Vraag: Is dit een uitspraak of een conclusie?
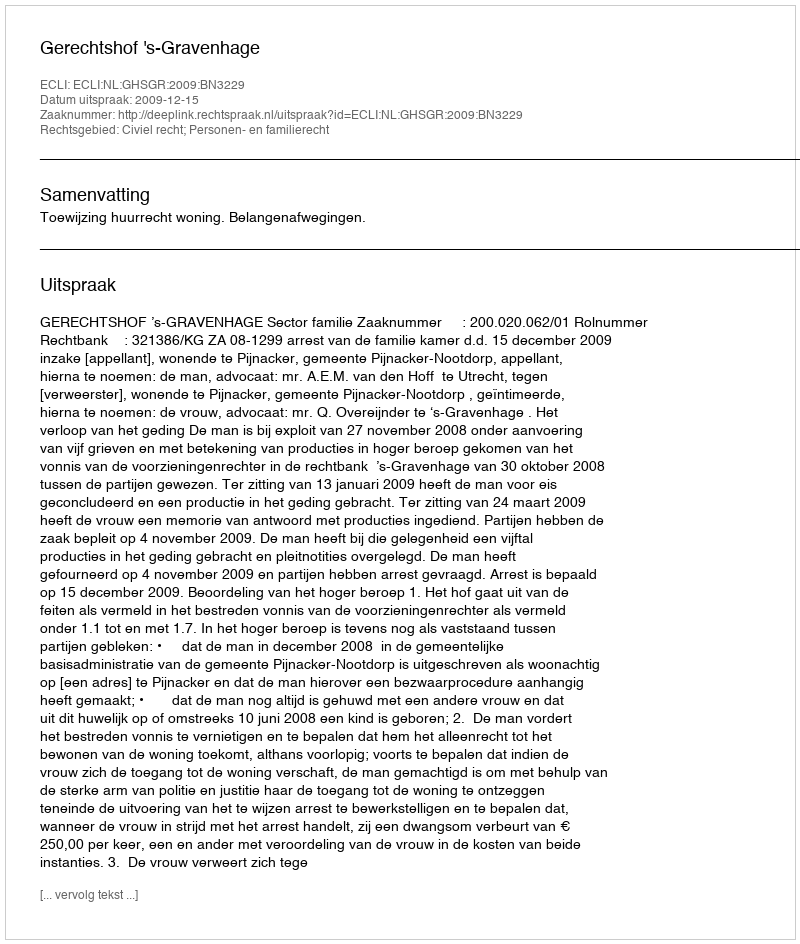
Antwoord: Uitspraak